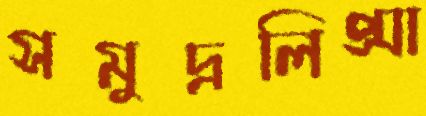
সমুদ্রলিপ্সা